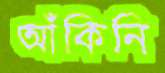
আঁকিনি